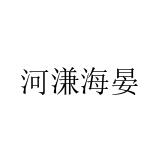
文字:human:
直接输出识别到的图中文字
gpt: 河溓海晏